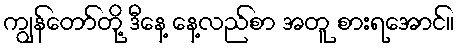
ကျွန်တော်တို့ ဒီနေ့ နေ့လည်စာ အတူ စားရအောင်။